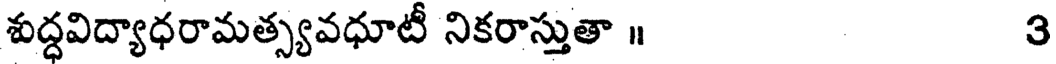
శుద్ధవిద్యాధరామత్స్యవధూటీ నికరాస్తుతా ॥ 3